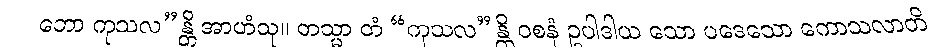
ဘော ကုသလ”န္တိ အာဟံသု။ တသ္မာ တံ “ကုသလ”န္တိ ဝစနံ ဥပါဒါယ သော ပဒေသော ကောသလာတိ